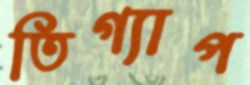
তিগ্যাপ